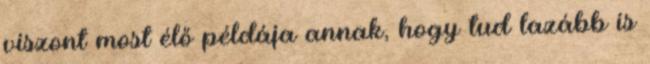
viszont most élő példája annak, hogy tud lazább is